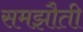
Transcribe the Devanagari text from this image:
समझौती